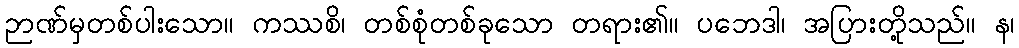
ဉာဏ်မှတစ်ပါးသော။ ကဿစိ၊ တစ်စုံတစ်ခုသော တရား၏။ ပဘေဒါ၊ အပြားတို့သည်။ န၊